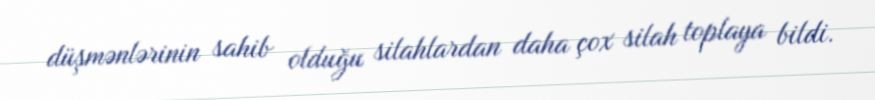
düşmənlərinin sahib olduğu silahlardan daha çox silah toplaya bildi.